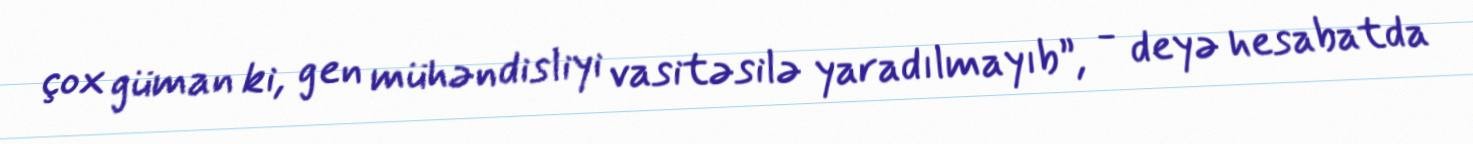
çox güman ki, gen mühəndisliyi vasitəsilə yaradılmayıb”, - deyə hesabatda